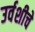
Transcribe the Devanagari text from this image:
उर्वशीचे